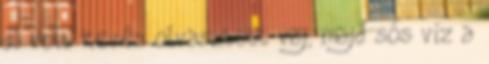
dl volt kevés olvasztott vaj, majd sós víz a